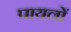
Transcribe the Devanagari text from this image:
पायलों